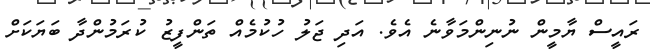
ރައީސް ޔާމީން ނުނިންމަވާނެ އެވެ. އަދި ޖަލު ހުކުމެއް ތަންފީޒު ކުރަމުންދާ ބަޔަކަށް